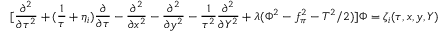
[ \frac { \partial ^ { 2 } } { \partial \tau ^ { 2 } } + ( \frac { 1 } { \tau } + \eta _ { i } ) \frac { \partial } { \partial \tau } - \frac { \partial ^ { 2 } } { \partial x ^ { 2 } } - \frac { \partial ^ { 2 } } { \partial y ^ { 2 } } - \frac { 1 } { \tau ^ { 2 } } \frac { \partial ^ { 2 } } { \partial Y ^ { 2 } } + \lambda ( \Phi ^ { 2 } - f _ { \pi } ^ { 2 } - T ^ { 2 } / 2 ) ] \Phi = \zeta _ { i } ( \tau , x , y , Y )